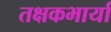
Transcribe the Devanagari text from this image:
तक्षकभार्या